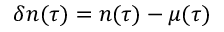
\delta n ( \tau ) = n ( \tau ) - \mu ( \tau )